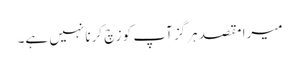
میرا مقصد ہرگز آپ کو زچ کرنا نہیں ہے۔